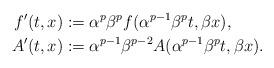
LaTeX: \begin{align*}f'(t,x) &:= \alpha^p \beta^p f(\alpha^{p-1}\beta^p t, \beta x), \\A'(t,x) &:= \alpha^{p-1}\beta^{p-2} A(\alpha^{p-1}\beta^p t, \beta x).\end{align*}